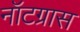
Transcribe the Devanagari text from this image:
नॉटग्रास